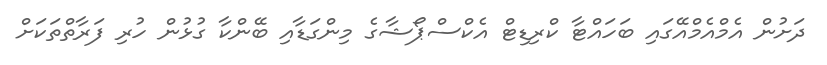
ދަށުން އެމްއެމްއޭގައި ބަހައްޓާ ކްރިޑިޓް އެކްސްޕޯޝާގެ މިންގަޑާއި ބޭންކާ ގުޅުން ހުރި ފަރާތްތަކަށް